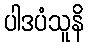
ပါဒပံသူနိ